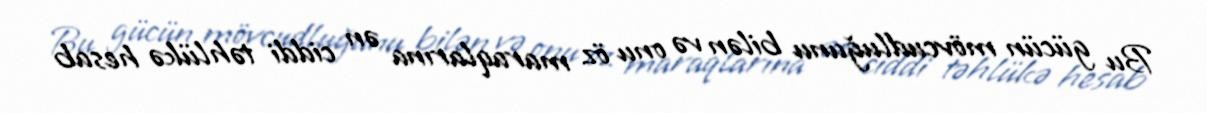
Bu gücün mövcudluğunu bilən və onu öz maraqlarına ən ciddi təhlükə hesab